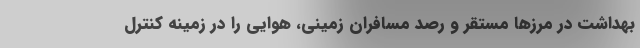
بهداشت در مرزها مستقر و رصد مسافران زمینی، هوایی را در زمینه کنترل